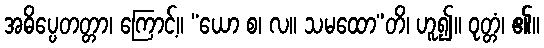
အဓိပ္ပေတတ္တာ၊ ကြောင့်။ “ယော စ၊ လ။ သမထော”တိ၊ ဟူ၍။ ဝုတ္တံ၊ ၏။